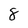
Character: 8